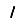
Digit: 1